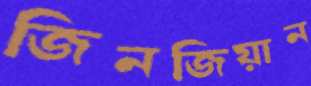
জিনজিয়ান